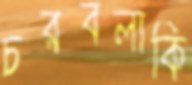
চরবলাকি